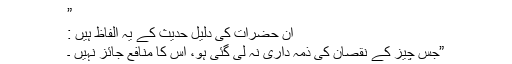
”
ان حضرات کی دلیل حدیث کے یہ الفاظ ہیں :
”جس چیز کے نقصان کی ذمہ داری نہ لی گئی ہو، اس کا منافع جائز نہیں ۔